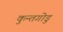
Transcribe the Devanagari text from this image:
कुन्तगोडु